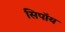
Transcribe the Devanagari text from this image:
सिपॉय